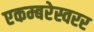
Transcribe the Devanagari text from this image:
एकम्बरेस्वरर